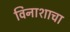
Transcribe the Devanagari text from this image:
विनाशाचा